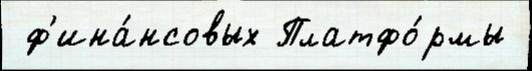
 ф'ина́нсовых Платфо́рмы